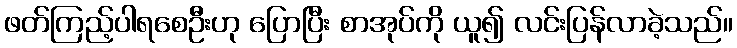
ဖတ်ကြည့်ပါရစေဦးဟု ပြောပြီး စာအုပ်ကို ယူ၍ လင်းပြန်လာခဲ့သည်။